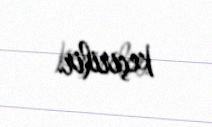
keçirilir.